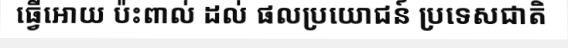
ធ្វើអោយ ប៉ះពាល់ ដល់ ផលប្រយោជន៍ ប្រទេសជាតិ